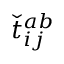
\check { t } _ { i j } ^ { a b }